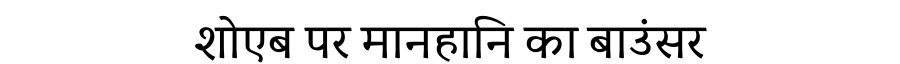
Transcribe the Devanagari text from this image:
शोएब पर मानहानि का बाउंसर